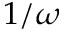
1 / \omega